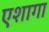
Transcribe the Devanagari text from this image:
एशागा